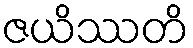
ဇယိဿတိ